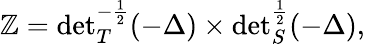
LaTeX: \mathbb{Z}={\operatorname*{det}}_{T}^{-\frac{1}{2}}(-\Delta)\times{\operatorname*{det}}_{S}^{\frac{1}{2}}(-\Delta),